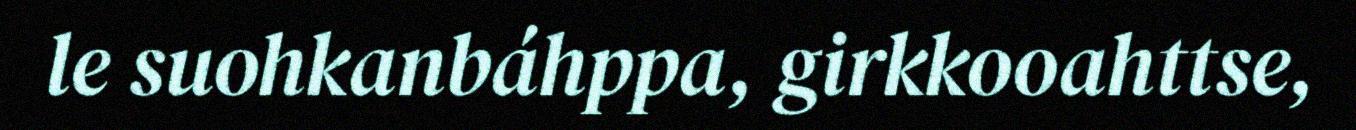
le suohkanbáhppa, girkkooahttse,